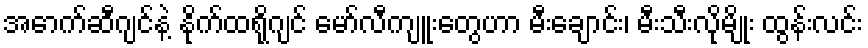
အောက်ဆီဂျင်နဲ့ နိုက်ထရိုဂျင် မော်လီကျူးတွေဟာ မီးချောင်း၊ မီးသီးလိုမျိုး ထွန်းလင်း